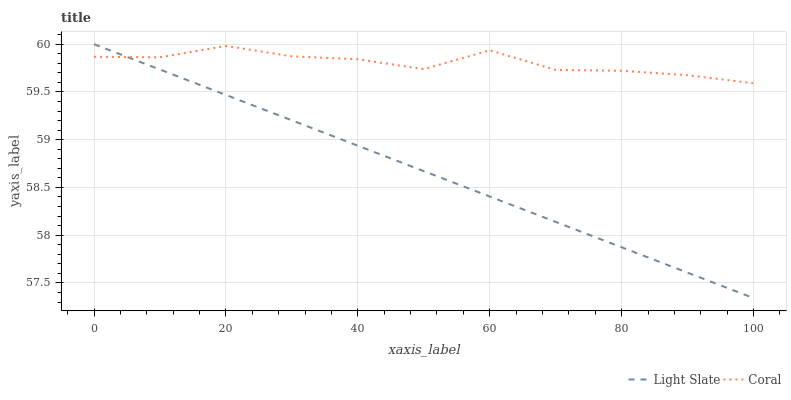
| xaxis_label | Light Slate | Coral |
 | --- | --- | --- |
 | 0 | 60 | 59.9 |
 | 10 | 59.7 | 59.9 |
 | 20 | 59.5 | 60 |
 | 30 | 59.2 | 59.9 |
 | 40 | 58.9 | 59.8 |
 | 50 | 58.7 | 59.7 |
 | 60 | 58.4 | 59.9 |
 | 70 | 58.1 | 59.7 |
 | 80 | 57.9 | 59.7 |
 | 90 | 57.6 | 59.7 |
 | 100 | 57.3 | 59.6 |